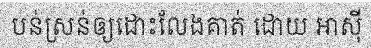
បន់ស្រន់ឲ្យដោះលែងគាត់ ដោយ អាស៊ី